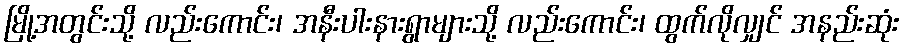
မြို့အတွင်းသို့ လည်းကောင်း၊ အနီးပါးနားရွာများသို့ လည်းကောင်း၊ ထွက်လိုလျှင် အနည်းဆုံး